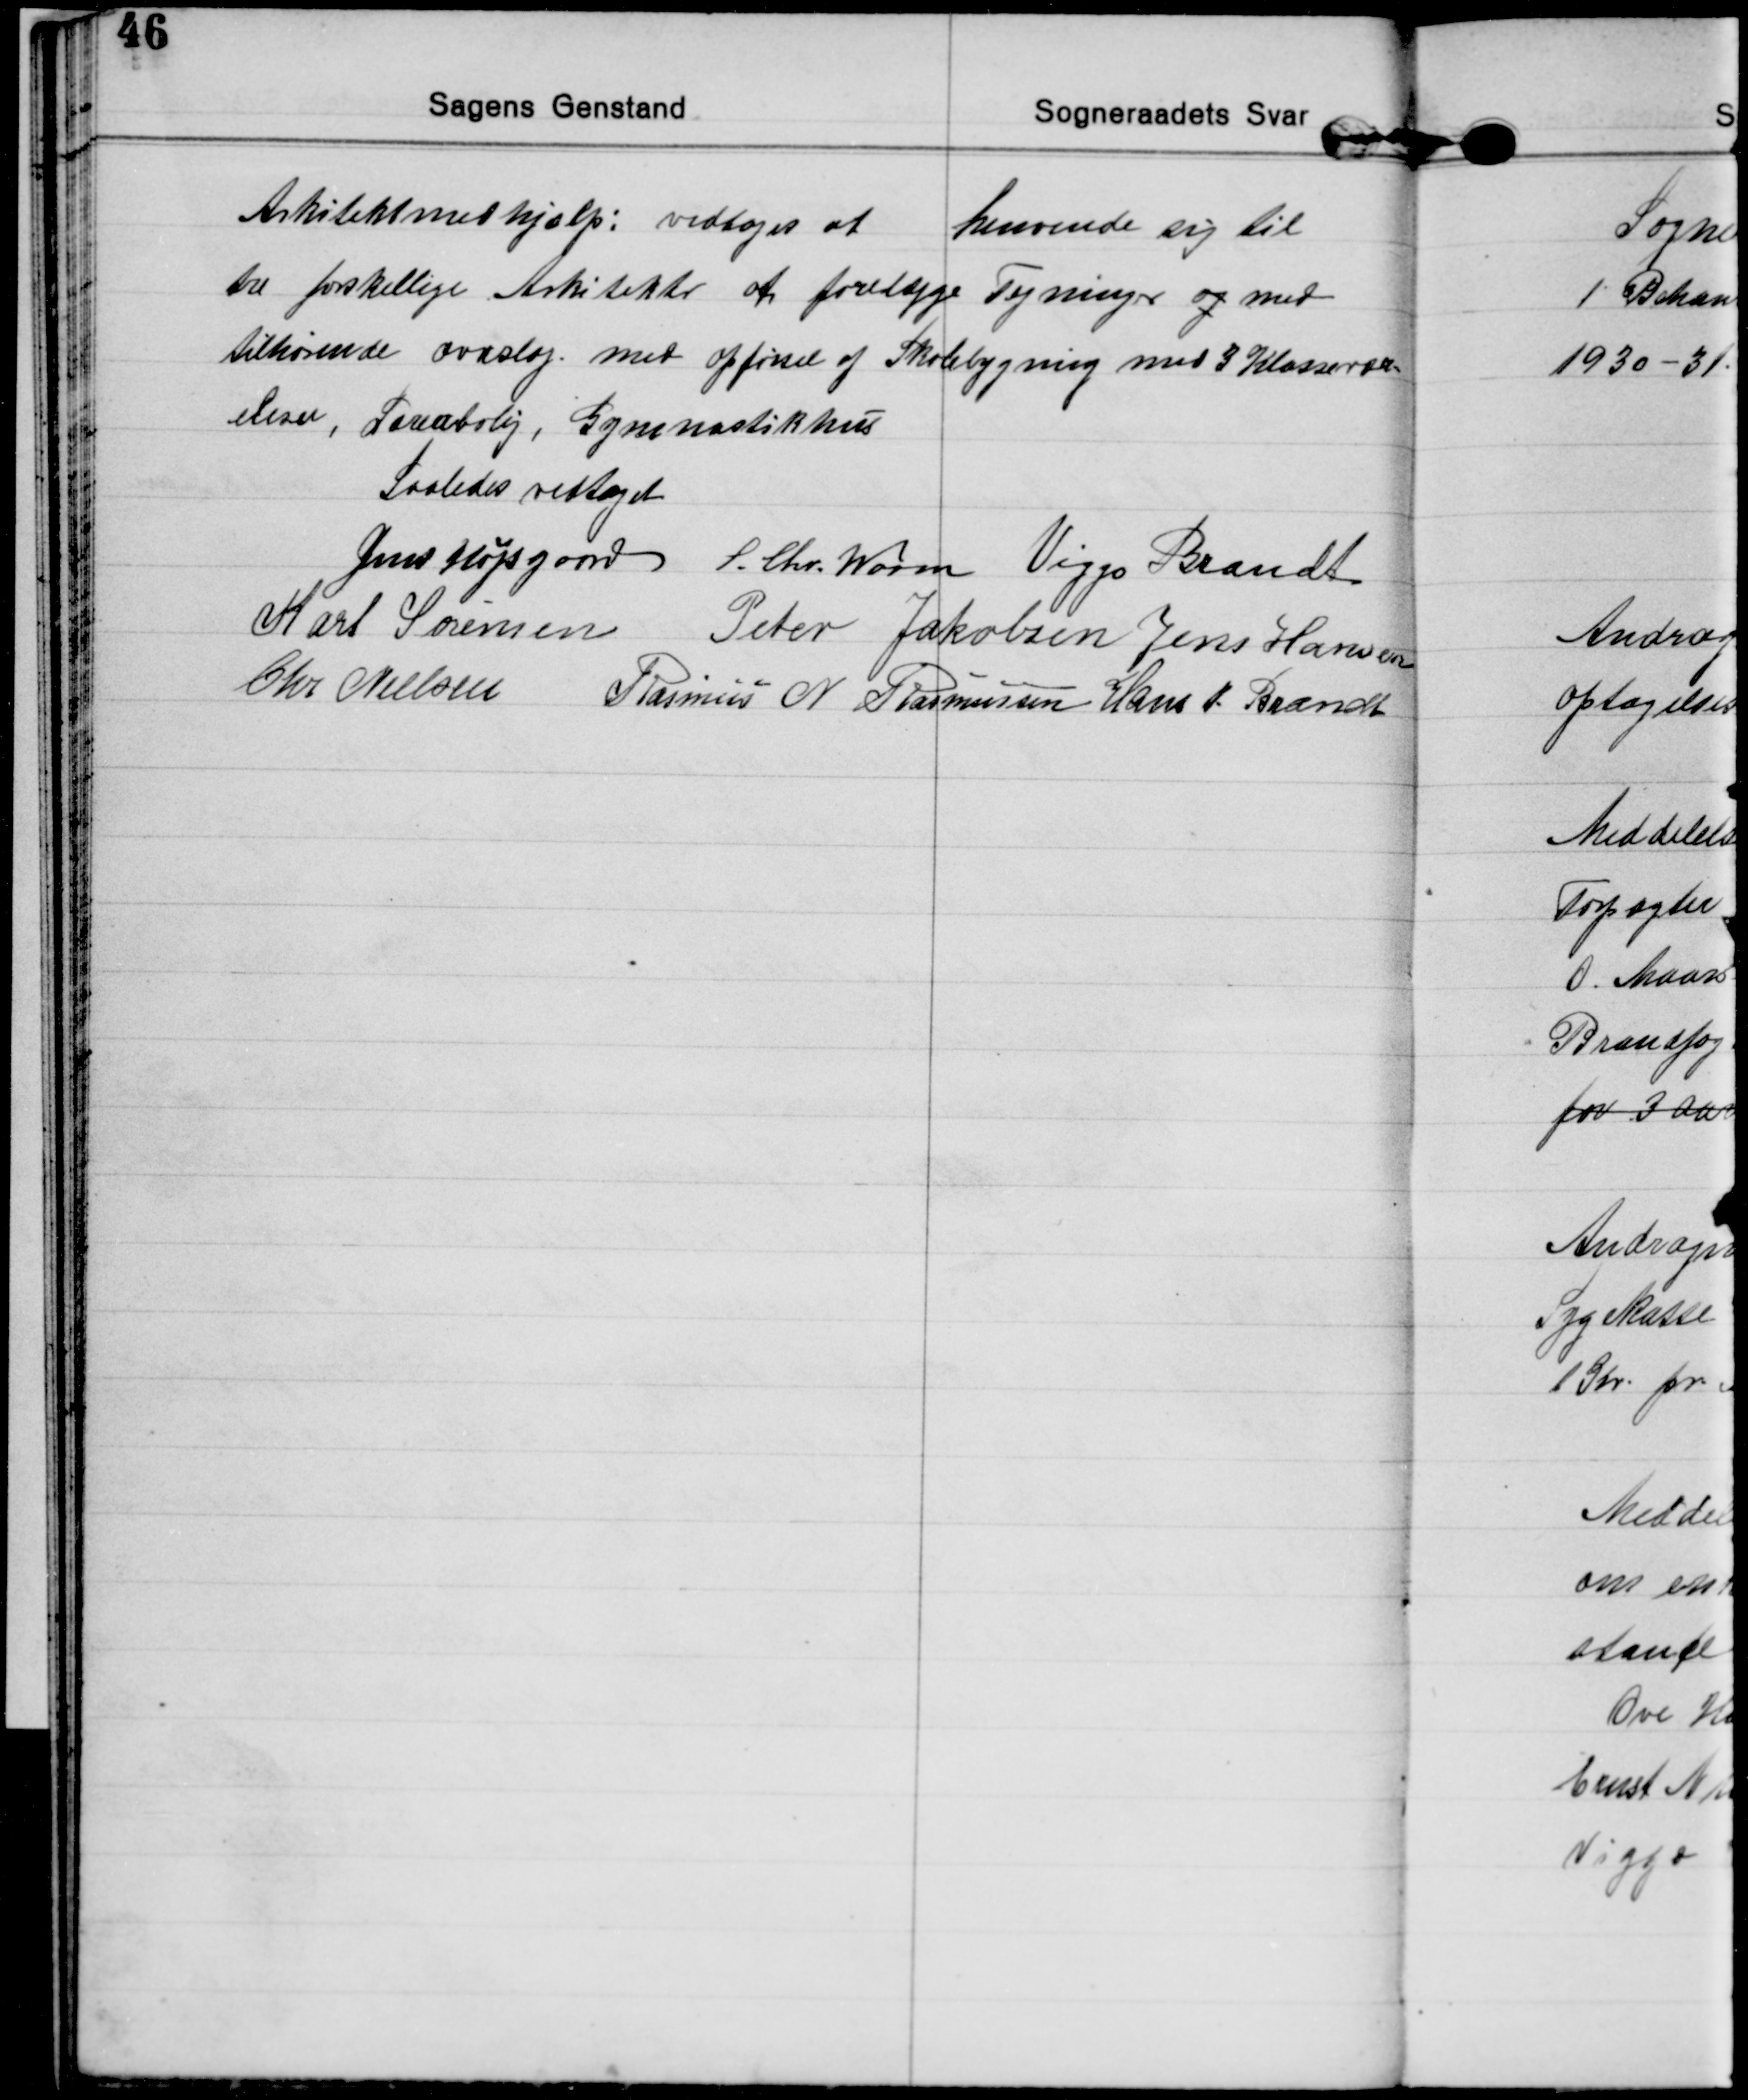
Transskription:
Arkitektmedhjælp: vedtoges at henvende sig til
tre forskellige Arkitekter at forelægge Tegninger og med
tilhørende overslag med opførsel af Skolebygning med 3 Klassevær=
elser, Lærerbolig, Gymnastikhus
Saaledes vedtaget
Jens Højsgaard S. Chr. Worm Viggo Brandt
Karl Sørensen Peter Jakobsen Jens Hansen
Chr. Nielsen Rasmus N Rasmussen Hans J. Brandt